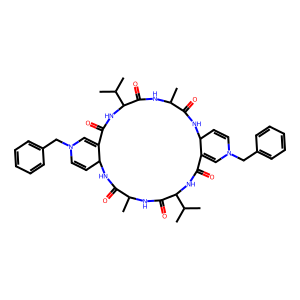
SMILES: CC1NC(=O)C(C(C)C)NC(=O)C2=CN(Cc3ccccc3)C=CC2NC(=O)C(C)NC(=O)C(C(C)C)NC(=O)C2=CN(Cc3ccccc3)C=CC2NC1=O
Inhibits HIV replication: No